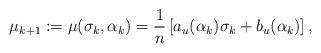
LaTeX: \begin{align*}\mu_{k+1} := \mu(\sigma_k,{\alpha}_k) =\frac{1}{n} \left[ a_u(\alpha_k) \sigma_k + b_u(\alpha_k) \right],\end{align*}